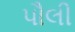
પૌલી